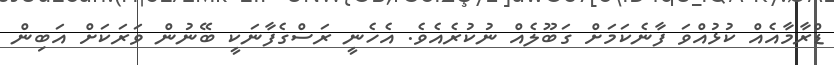
ޑްރާމާއެއް ކުޅުއްވަ ފާނެކަމަށް ގަބޫލެއް ނުކުރެއެވެ. އެހެނީ ރަސްގެފާނަކީ ބޭނުން ވަރަކަށް އަބިން